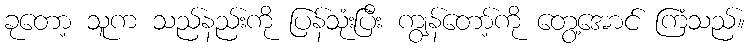
ခုတော့ သူက သည်နည်းကို ပြန်သုံးပြီး ကျွန်တော့်ကို တွေ့အောင် ကြံသည်။